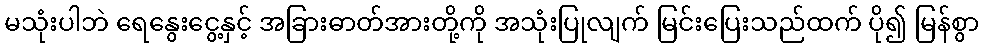
မသုံးပါဘဲ ရေနွေးငွေ့နှင့် အခြားဓာတ်အားတို့ကို အသုံးပြုလျက် မြင်းပြေးသည်ထက် ပို၍ မြန်စွာ